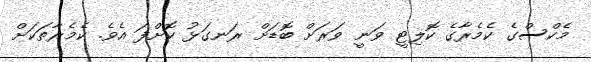
މެކްސްގެ ކެމެރާގެ ކޮލިޓީ ވަނީ ވަރަށް ބޮޑަށް ރަނގަޅު ކޮށްފަ އެވެ. ކެމެރާތަކަށް